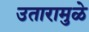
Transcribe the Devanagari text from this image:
उतारामुळे